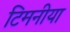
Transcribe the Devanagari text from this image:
टिमनीया